Leaving Certificate Examination (including Day School Certificate (Higher) General paper), 1929
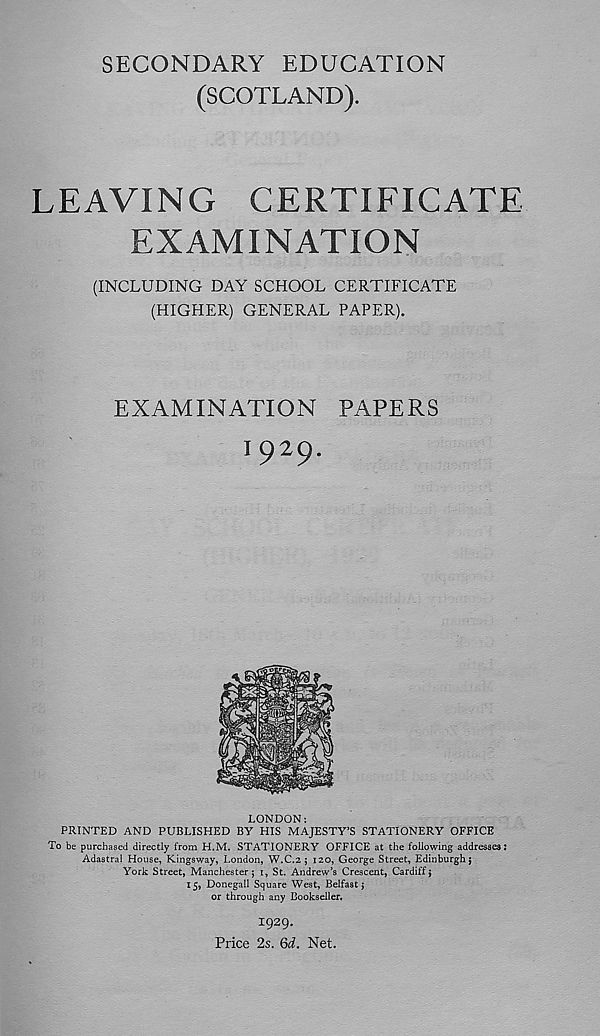
SECONDARY EDUCATION
(SCOTLAND).
LEAVING CERTIFICATE
EXAMINATION
(INCLUDING DAY SCHOOL CERTIFICATE
(HIGHER) GENERAL PAPER).
EXAMINATION PAPERS
I 9 2 9‘
LONDON:
PRINTED AND PUBLISHED BY HIS MAJESTY’S STATIONERY OFFICE
To be purchased directly from H.M. STATIONERY OFFICE at the following addresses:
Adastral House, Kingsway, London, W.C.2 $ 120, George Street, Edinburgh j
York Street, Manchester; 1, St. Andrew’s Crescent, Cardiff;
15, Donegall Square West, Belfast;
or through any Bookseller.
1929.
Price 2s. 6d. Net.